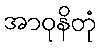
အာဝုနိတုံ